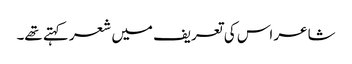
شاعر اس کی تعریف میں شعر کہتے تھے۔